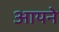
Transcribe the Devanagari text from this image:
आयने